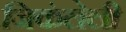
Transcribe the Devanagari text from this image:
जिकंलेली